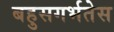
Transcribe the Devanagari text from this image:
बहुसगर्भतेस